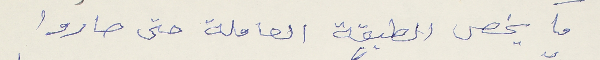
ما يخص الطبقة العاملة حتى صاروا